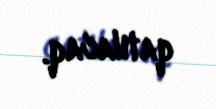
qatılacaq.